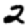
Digit: 2